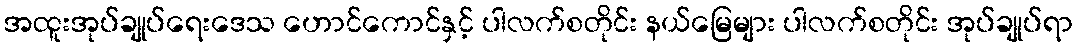
အထူးအုပ်ချုပ်ရေးဒေသ ဟောင်ကောင်နှင့် ပါလက်စတိုင်း နယ်မြေများ ပါလက်စတိုင်း အုပ်ချုပ်ရာ